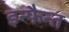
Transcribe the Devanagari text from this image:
इन्फैन्त